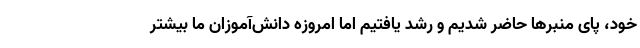
خود، پای منبرها حاضر شدیم و رشد یافتیم اما امروزه دانش‌آموزان ما بیشتر